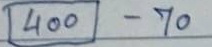
(400) - 70